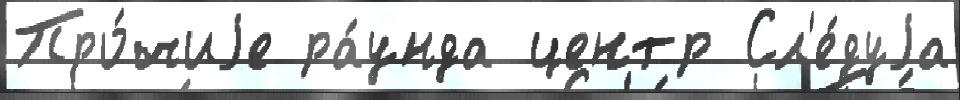
Про́чиjе ра́унда центр Сл'е́дуjа